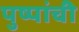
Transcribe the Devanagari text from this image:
पुष्पांची